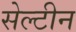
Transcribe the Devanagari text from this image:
सेल्टीन